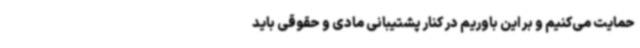
حمایت می‌کنیم و بر این باوریم در کنار پشتیبانی مادی و حقوقی باید